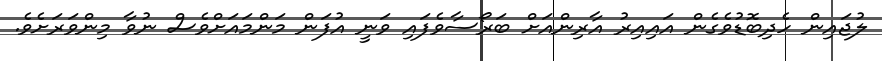
ލުޖައިން ހެދިބޮޑުވެގެން އައިއިރު އާރިންއަށް ބަރޯސާވެފައި ވަނީ އުފަން މަންމައަށްވެސް ނުވާ މިންވަރަށެވެ.